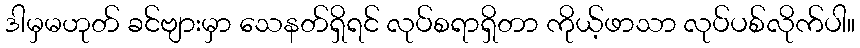
ဒါမှမဟုတ် ခင်ဗျားမှာ သေနတ်ရှိရင် လုပ်စရာရှိတာ ကိုယ့်ဖာသာ လုပ်ပစ်လိုက်ပါ။